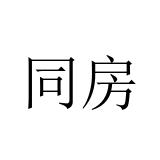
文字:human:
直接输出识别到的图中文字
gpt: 同房